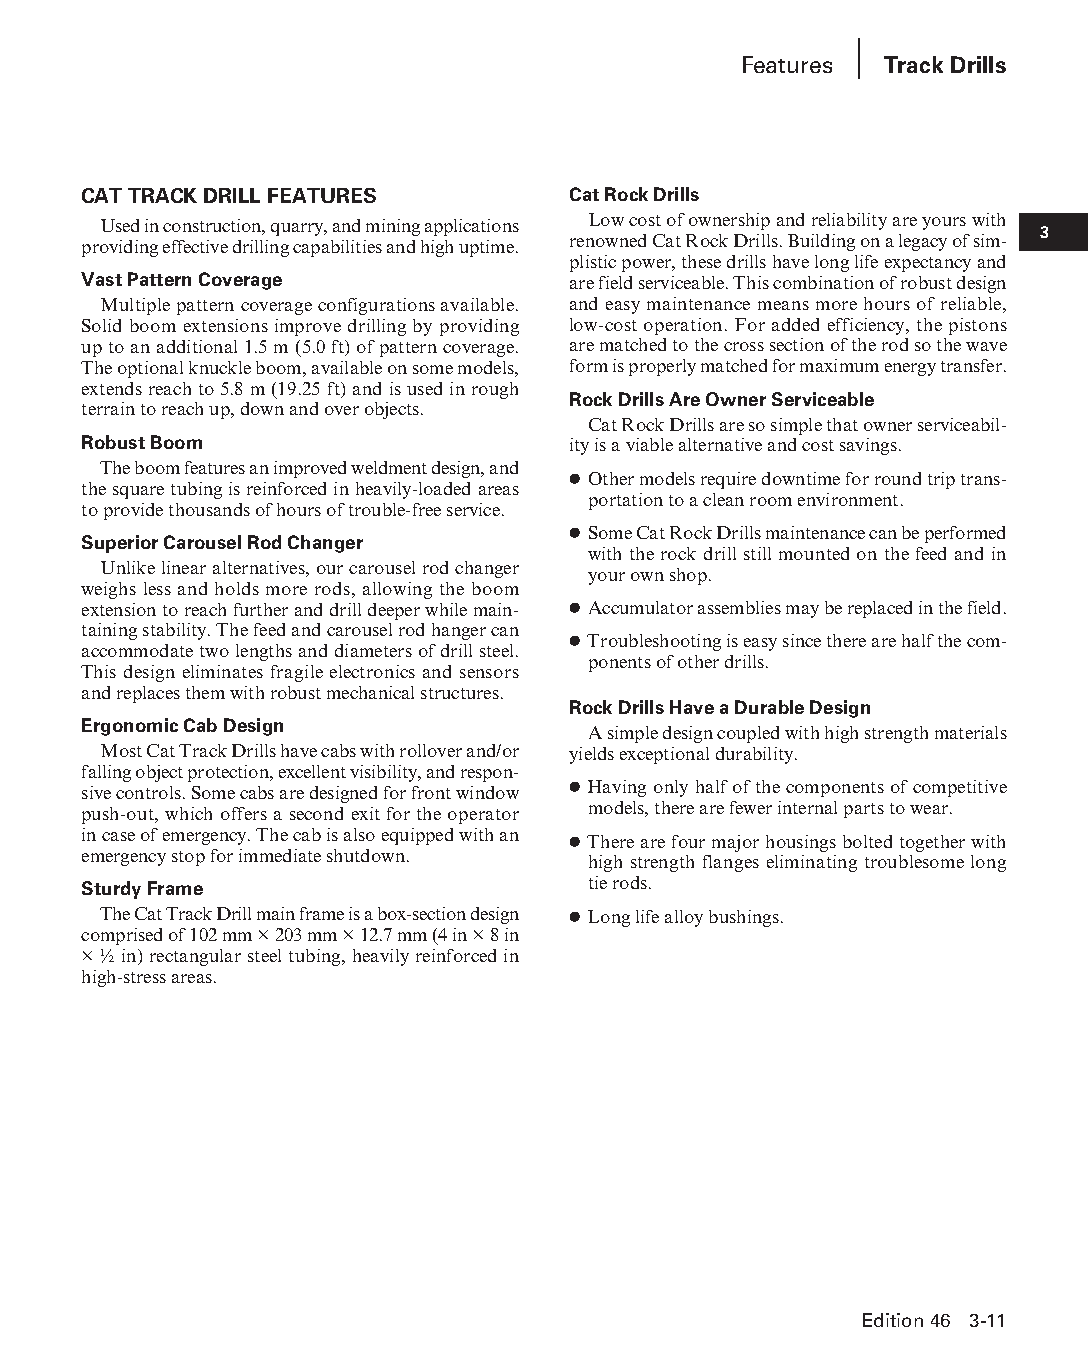
Features  Track Drills
 CAT TRACK DRILL FEATURES        Cat Rock Drills
 Used in construction, quarry, and mining applications Low cost of ownership and reliability are yours with 3
 providing effective drilling capabilities and high uptime. renowned Cat Rock Drills. Building on a legacy of sim-
 plistic power, these drills have long life expectancy and
 Vast Pattern Coverage           are field serviceable. This combination of robust design
 Multiple pattern coverage configurations available. and easy maintenance means more hours of reliable,
 Solid boom extensions improve drilling by providing low-cost operation. For added efficiency, the pistons
 up to an additional 1.5 m (5.0 ft) of pattern coverage. are matched to the cross section of the rod so the wave
 The optional knuckle boom, available on some models, form is properly matched for maximum energy transfer.
 extends reach to 5.8 m (19.25 ft) and is used in rough
 Rock Drills Are Owner Serviceable
 terrain to reach up, down and over objects.
 Cat Rock Drills are so simple that owner serviceabil-
 Robust Boom                     ity is a viable alternative and cost savings.
 The boom features an improved weldment design, and
 ● Other models require downtime for round trip trans-
 the square tubing is reinforced in heavily-loaded areas
 portation to a clean room environment.
 to provide thousands of hours of trouble-free service.
 ● Some Cat Rock Drills maintenance can be performed
 Superior Carousel Rod Changer
 with the rock drill still mounted on the feed and in
 Unlike linear alternatives, our carousel rod changer
 your own shop.
 weighs less and holds more rods, allowing the boom
 extension to reach further and drill deeper while main- ● Accumulator assemblies may be replaced in the field.
 taining stability. The feed and carousel rod hanger can
 ● Troubleshooting is easy since there are half the com-
 accommodate two lengths and diameters of drill steel.
 ponents of other drills.
 This design eliminates fragile electronics and sensors
 and replaces them with robust mechanical structures.
 Rock Drills Have a Durable Design
 Ergonomic Cab Design
 A simple design coupled with high strength materials
 Most Cat Track Drills have cabs with rollover and/or yields exceptional durability.
 falling object protection, excellent visibility, and respon-
 sive controls. Some cabs are designed for front window ● Having only half of the components of competitive
 push-out, which offers a second exit for the operator models, there are fewer internal parts to wear.
 in case of emergency. The cab is also equipped with an ● There are four major housings bolted together with
 emergency stop for immediate shutdown.
 high strength flanges eliminating troublesome long
 Sturdy Frame                     tie rods.
 The Cat Track Drill main frame is a box-section design ● Long life alloy bushings.
 comprised of 102 mm × 203 mm × 12.7 mm (4 in × 8 in
 × ½ in) rectangular steel tubing, heavily reinforced in
 high-stress areas.
 Edition 46 3-11
 PPHHBB--SSeecc0033--1166..iinndddd 1111                        1122//44//1155 1100::2277 AAMM